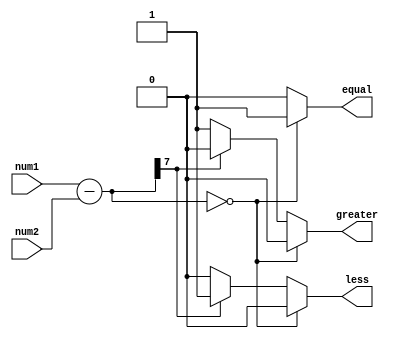
module unsigned_comparator (
    input [7:0] num1,
    input [7:0] num2,
    output reg greater,
    output reg less,
    output reg equal
);

reg [7:0] diff;

always @* begin
    diff = num1 - num2;
    if (diff == 8'b00000000) begin
        greater = 1'b0;
        less = 1'b0;
        equal = 1'b1;
    end else if (diff[7] == 1'b0) begin
        greater = 1'b1;
        less = 1'b0;
        equal = 1'b0;
    end else begin
        greater = 1'b0;
        less = 1'b1;
        equal = 1'b0;
    end
end

endmodule